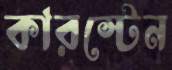
কারস্টেন